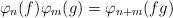
LaTeX: \begin{align*}\varphi_n(f) \varphi_m(g) = \varphi_{n + m} (fg)\end{align*}